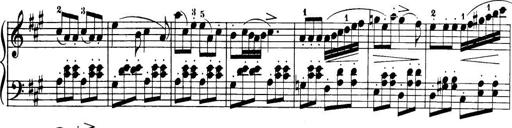
Title: 32 Sonatinas and Rondos for the Piano
Composer: Richard Kleinmichel